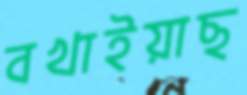
বখাইয়াছ